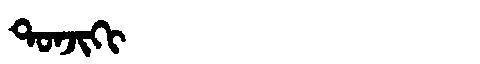
Manchu: ᡨᠣᠨᠵᡳᡴᡳ
Romanization: TONJIKI